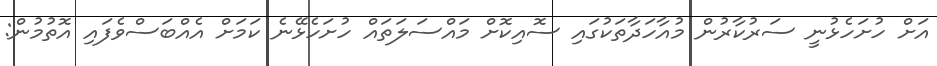
އަށް ހުށަހެޅުނީ ސަރުކާރުން މުއާހަދާތަކުގައި ސޮއިކޮށް މައްސަލަތައް ހުށަހެޅޭނެ ކަމަށް އެއްބަސްވެފައި އޮތުމުން: